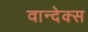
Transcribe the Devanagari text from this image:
वान्देक्स